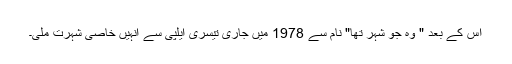
اِس کے بعد " وہ جو شہر تھا" نام سے 1978 میں جاری تِیسری ایلپی سے اُنہیں خاصی شہرت مِلی۔